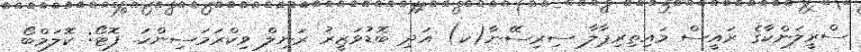
ސްރީލަންކާގެ ރައީސް މައިިތިރިޕާލާ ސިރިސޭނާ(ކ) އަދި ބޮޑުވަޒީރު ރަނިލް ވިކްރަމަސިންހަ. ފޮޓޯ: ކޮލަމްބޯ